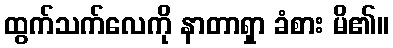
ထွက်သက်လေကို နာတာရှာ ခံစား မိ၏။